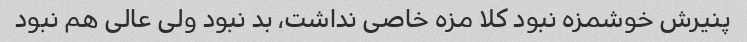
پنیرش خوشمزه نبود کلا مزه خاصی نداشت، بد نبود ولی عالی هم نبود